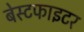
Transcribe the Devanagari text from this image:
बेस्टफाइटर